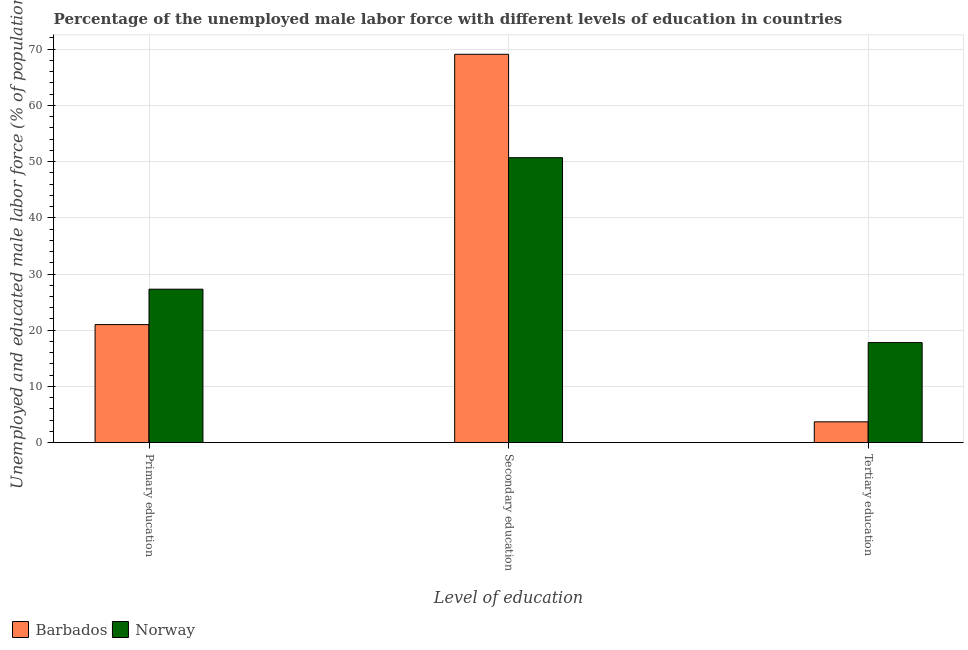
| Level of education | Barbados | Norway |
 | --- | --- | --- |
 | Primary education | 21 | 27.3 |
 | Secondary education | 69.1 | 50.7 |
 | Tertiary education | 3.7 | 17.8 |